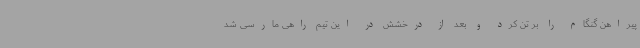
پیراهن گنگام را بر تن کرد و بعد از درخشش در این تیم راهی مارسی شد